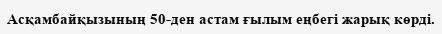
Асқамбайқызының 50-ден астам ғылым еңбегі жарық көрді.